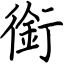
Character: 銜